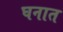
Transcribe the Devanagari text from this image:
घनात